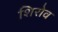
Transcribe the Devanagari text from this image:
शिरोव